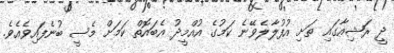
ދީ ރަޝިއާގައި ތަށި އުފުލާލެވޭނެ ކަމުގެ އުއްމީދު އެބައޮތް ކަމަށް މެސީ ބުނެފައިވެއެވެ.